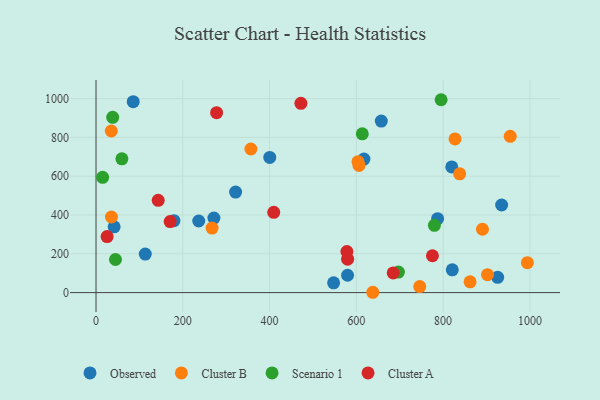
{"axis": {"x": "Engine Size", "y": "Salary"}, "legend": ["Cluster A", "Cluster B", "Observed", "Scenario 1"], "data": [{"x": "41.7", "y": 338.9, "type": "Observed"}, {"x": "321.7", "y": 518.3, "type": "Observed"}, {"x": "400.4", "y": 696.6, "type": "Observed"}, {"x": "934.9", "y": 451.4, "type": "Observed"}, {"x": "617.5", "y": 688.1, "type": "Observed"}, {"x": "547.6", "y": 50.5, "type": "Observed"}, {"x": "819.9", "y": 647.5, "type": "Observed"}, {"x": "657.5", "y": 884.0, "type": "Observed"}, {"x": "787.3", "y": 380.9, "type": "Observed"}, {"x": "579.8", "y": 89.5, "type": "Observed"}, {"x": "925.7", "y": 78.8, "type": "Observed"}, {"x": "179.6", "y": 370.8, "type": "Observed"}, {"x": "85.7", "y": 984.1, "type": "Observed"}, {"x": "821.1", "y": 117.5, "type": "Observed"}, {"x": "236.7", "y": 369.1, "type": "Observed"}, {"x": "113.5", "y": 198.6, "type": "Observed"}, {"x": "271.7", "y": 384.3, "type": "Observed"}, {"x": "603.8", "y": 674.8, "type": "Cluster B"}, {"x": "637.9", "y": 1.7, "type": "Cluster B"}, {"x": "838.1", "y": 612.1, "type": "Cluster B"}, {"x": "862.1", "y": 55.5, "type": "Cluster B"}, {"x": "356.9", "y": 740.1, "type": "Cluster B"}, {"x": "606.1", "y": 655.4, "type": "Cluster B"}, {"x": "994.2", "y": 154.1, "type": "Cluster B"}, {"x": "267.5", "y": 332.5, "type": "Cluster B"}, {"x": "35.2", "y": 832.8, "type": "Cluster B"}, {"x": "954.7", "y": 805.5, "type": "Cluster B"}, {"x": "746.1", "y": 31.2, "type": "Cluster B"}, {"x": "35.5", "y": 389.7, "type": "Cluster B"}, {"x": "902.3", "y": 92.3, "type": "Cluster B"}, {"x": "827.4", "y": 792.1, "type": "Cluster B"}, {"x": "890.7", "y": 326.6, "type": "Cluster B"}, {"x": "613.7", "y": 818.1, "type": "Scenario 1"}, {"x": "59.6", "y": 689.3, "type": "Scenario 1"}, {"x": "44.8", "y": 170.5, "type": "Scenario 1"}, {"x": "795.4", "y": 994.1, "type": "Scenario 1"}, {"x": "15.2", "y": 593.9, "type": "Scenario 1"}, {"x": "38.4", "y": 903.4, "type": "Scenario 1"}, {"x": "779.9", "y": 347.0, "type": "Scenario 1"}, {"x": "697.0", "y": 105.9, "type": "Scenario 1"}, {"x": "775.4", "y": 190.0, "type": "Cluster A"}, {"x": "25.5", "y": 288.6, "type": "Cluster A"}, {"x": "277.9", "y": 927.4, "type": "Cluster A"}, {"x": "170.8", "y": 365.9, "type": "Cluster A"}, {"x": "409.6", "y": 413.6, "type": "Cluster A"}, {"x": "472.2", "y": 975.4, "type": "Cluster A"}, {"x": "143.3", "y": 475.7, "type": "Cluster A"}, {"x": "684.9", "y": 101.3, "type": "Cluster A"}, {"x": "579.9", "y": 172.3, "type": "Cluster A"}, {"x": "578.2", "y": 211.9, "type": "Cluster A"}]}